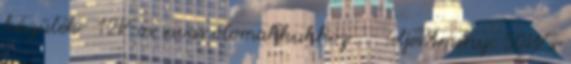
készülék- 12V-os savas ólomakkukhoz . - Teljesítmény: 50W x